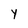
Character: Y